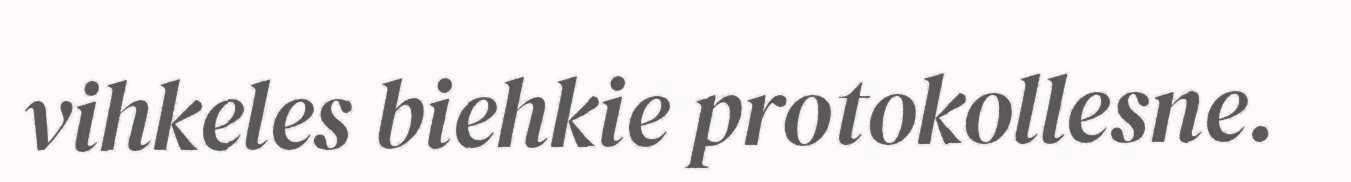
vihkeles biehkie protokollesne.